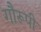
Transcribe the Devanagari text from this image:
गौरूपी